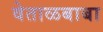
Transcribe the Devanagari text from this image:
वेताळबाबा